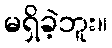
မရှိခဲ့ဘူး။